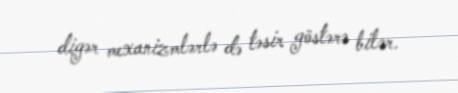
digər mexanizmlərlə də təsir göstərə bilər.